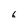
Character: 6